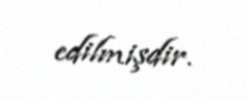
edilmişdir.